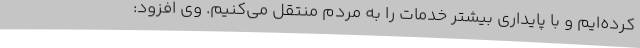
کرده‌ایم و با پایداری بیشتر خدمات را به مردم منتقل می‌کنیم. وی افزود: